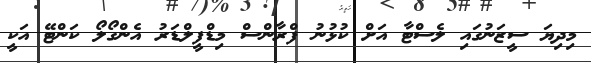
މިދިޔަ ސީޒަނުގައި ލެސްޓާ އަށް ކުޅުނު ފްރާންސް މިޑްފީލްޑަރު އެންގޯލޯ ކަންޓޭ އަކީ